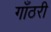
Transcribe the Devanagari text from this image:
गाँठरी